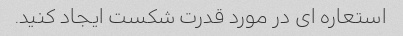
استعاره ای در مورد قدرت شکست ایجاد کنید.